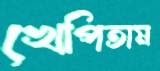
খেপিতাম